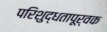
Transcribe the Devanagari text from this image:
परिशुद्धतापूर्वक